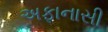
અફાનાસી